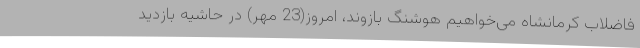
فاضلاب کرمانشاه می‌خواهیم هوشنگ بازوند، امروز(23 مهر) در حاشیه بازدید